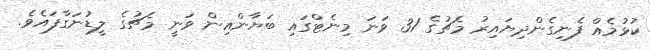
ކުޅުމެއް ފެނިގެންދިޔައިރު މެޗުގެ 31 ވަނަ މިނެޓްގައި ބަޔާންއިން ވަނީ މެޗުގެ ލީޑުނަގާފައެވެ.